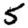
Digit: 5